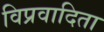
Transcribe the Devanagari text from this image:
विप्रवादिता